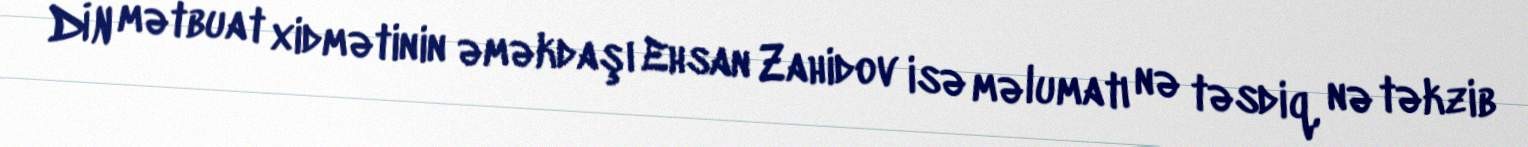
DİN mətbuat xidmətinin əməkdaşı Ehsan Zahidov isə məlumatı nə təsdiq, nə təkzib